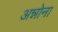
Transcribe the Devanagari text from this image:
अन्नोना